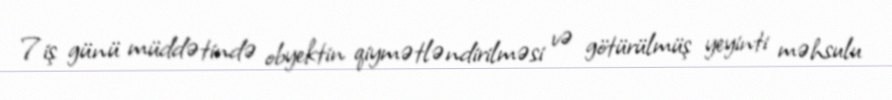
7iş günü müddətində obyektin qiymətləndirilməsi və götürülmüş yeyinti məhsulu